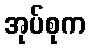
အုပ်စုက